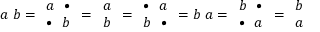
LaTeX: a \ b = { \begin{array} { l } { a \ \ \bullet } \\ { \bullet \ \ b } \end{array} } = { \begin{array} { l } { a } \\ { b } \end{array} } = { \begin{array} { l } { \bullet \ \ a } \\ { b \ \ \bullet } \end{array} } = b \ a = { \begin{array} { l } { b \ \ \bullet } \\ { \bullet \ \ a } \end{array} } = { \begin{array} { l } { b } \\ { a } \end{array} }